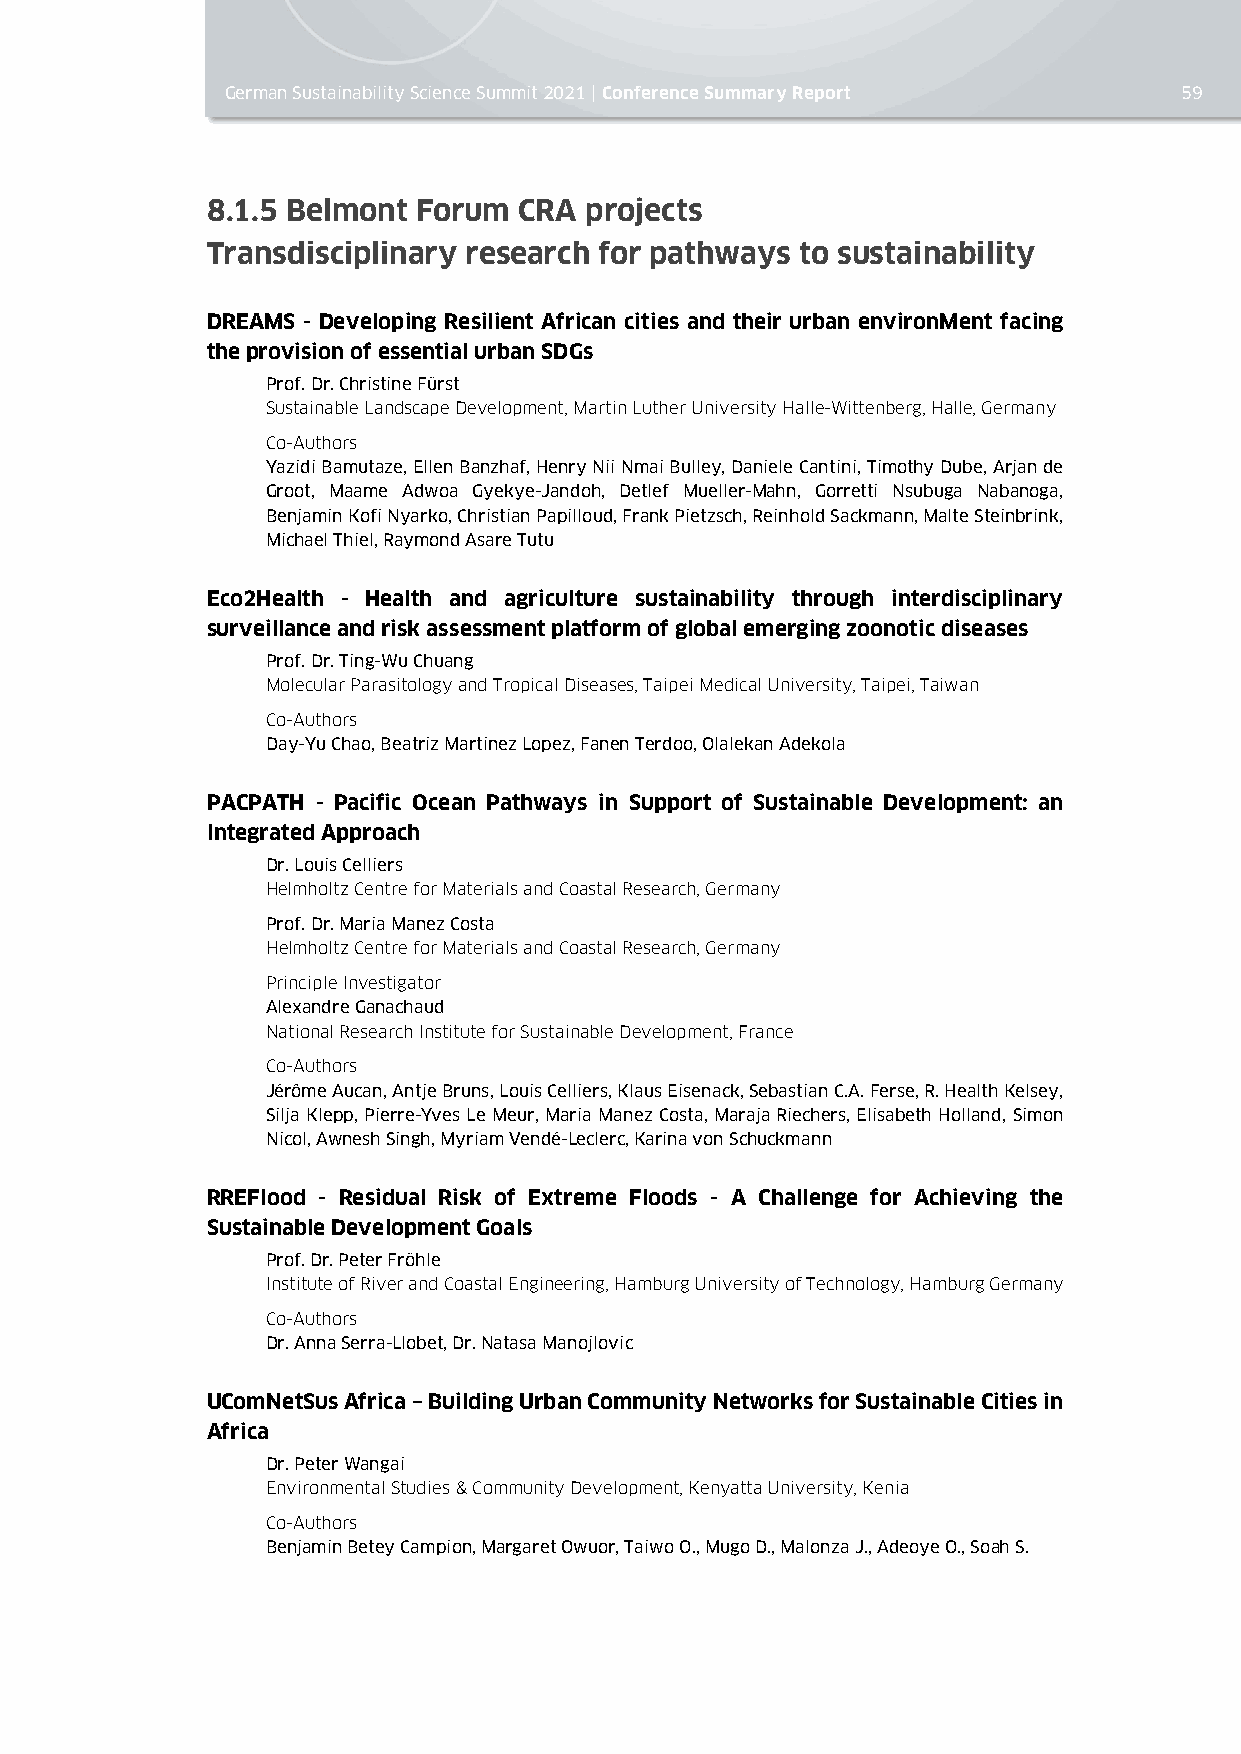
German Sustainability Science Summit 2021 | Conference Summary Report 59
 8.1.5 Belmont Forum CRA  projects
 Transdisciplinary research for pathways to sustainability
 DREAMS - Developing Resilient African cities and their urban environMent facing
 the provision of essential urban SDGs
 Prof. Dr. Christine Fürst
 Sustainable Landscape Development, Martin Luther University Halle-Wittenberg, Halle, Germany
 Co-Authors
 Yazidi Bamutaze, Ellen Banzhaf, Henry Nii Nmai Bulley, Daniele Cantini, Timothy Dube, Arjan de
 Groot, Maame Adwoa Gyekye-Jandoh, Detlef Mueller-Mahn, Gorretti Nsubuga Nabanoga,
 Benjamin Kofi Nyarko, Christian Papilloud, Frank Pietzsch, Reinhold Sackmann, Malte Steinbrink,
 Michael Thiel, Raymond Asare Tutu
 Eco2Health - Health and agriculture sustainability through interdisciplinary
 surveillance and risk assessment platform of global emerging zoonotic diseases
 Prof. Dr. Ting-Wu Chuang
 Molecular Parasitology and Tropical Diseases, Taipei Medical University, Taipei, Taiwan
 Co-Authors
 Day-Yu Chao, Beatriz Martinez Lopez, Fanen Terdoo, Olalekan Adekola
 PACPATH - Pacific Ocean Pathways in Support of Sustainable Development: an
 Integrated Approach
 Dr. Louis Celliers
 Helmholtz Centre for Materials and Coastal Research, Germany
 Prof. Dr. Maria Manez Costa
 Helmholtz Centre for Materials and Coastal Research, Germany
 Principle Investigator
 Alexandre Ganachaud
 National Research Institute for Sustainable Development, France
 Co-Authors
 Jérôme Aucan, Antje Bruns, Louis Celliers, Klaus Eisenack, Sebastian C.A. Ferse, R. Health Kelsey,
 Silja Klepp, Pierre-Yves Le Meur, Maria Manez Costa, Maraja Riechers, Elisabeth Holland, Simon
 Nicol, Awnesh Singh, Myriam Vendé-Leclerc, Karina von Schuckmann
 RREFlood - Residual Risk of Extreme Floods - A Challenge for Achieving the
 Sustainable Development Goals
 Prof. Dr. Peter Fröhle
 Institute of River and Coastal Engineering, Hamburg University of Technology, Hamburg Germany
 Co-Authors
 Dr. Anna Serra-Llobet, Dr. Natasa Manojlovic
 UComNetSus Africa – Building Urban Community Networks for Sustainable Cities in
 Africa
 Dr. Peter Wangai
 Environmental Studies & Community Development, Kenyatta University, Kenia
 Co-Authors
 Benjamin Betey Campion, Margaret Owuor, Taiwo O., Mugo D., Malonza J., Adeoye O., Soah S.